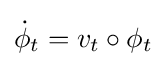
{\dot {\phi }}_{t}=v_{t}\circ \phi _{t}